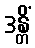
ဒန္တိံ